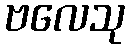
ဗလေသု